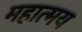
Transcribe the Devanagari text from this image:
महात्‍मय